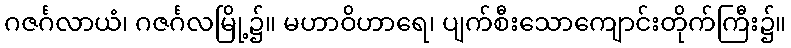
ဂဇင်္ဂလာယံ၊ ဂဇင်္ဂလမြို့၌။ မဟာဝိဟာရေ၊ ပျက်စီးသောကျောင်းတိုက်ကြီး၌။